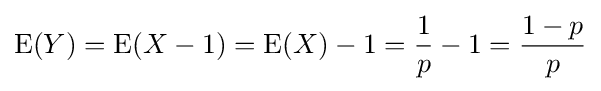
\mathrm {E} (Y)=\mathrm {E} (X-1)=\mathrm {E} (X)-1={\frac {1}{p}}-1={\frac {1-p}{p}}